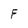
Character: F